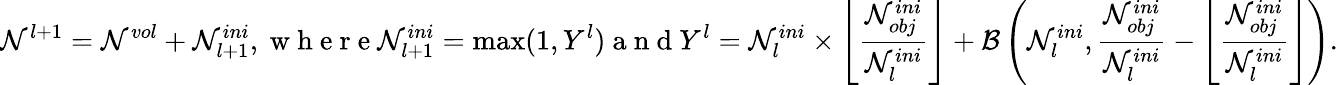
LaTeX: \mathcal{N}^{l+1}=\mathcal{N}^{vol}+\mathcal{N}_{l+1}^{ini},\mathrm{{~w~h~e~r~e~}}\mathcal{N}_{l+1}^{ini}=\operatorname*{max}(1,Y^{l})\mathrm{{~a~n~d~}}Y^{l}=\mathcal{N}_{l}^{ini}\times\left\lfloor\frac{{\mathcal{N}_{obj}^{ini}}}{{\mathcal{N}_{l}^{ini}}}\right\rfloor+\mathcal{{B}}\left(\mathcal{N}_{l}^{ini},\frac{{\mathcal{N}_{obj}^{ini}}}{{\mathcal{N}_{l}^{ini}}}-\left\lfloor\frac{{\mathcal{N}_{obj}^{ini}}}{{\mathcal{N}_{l}^{ini}}}\right\rfloor\right).